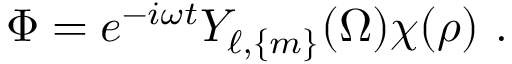
\Phi = e ^ { - i \omega t } Y _ { \ell , \{ m \} } ( \Omega ) \chi ( \rho ) \ .